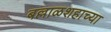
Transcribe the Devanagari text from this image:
बल्लाळशहाच्या